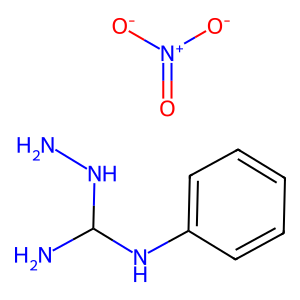
SMILES: NNC(N)Nc1ccccc1.O=[N+]([O-])[O-]
Inhibits HIV replication: No